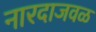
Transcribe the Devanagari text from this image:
नारदाजवळ